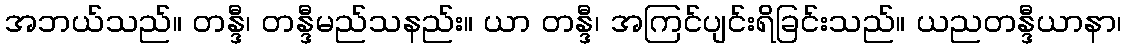
အဘယ်သည်။ တန္ဒီ၊ တန္ဒီမည်သနည်း။ ယာ တန္ဒီ၊ အကြင်ပျင်းရိခြင်းသည်။ ယညတန္ဒီယာနာ၊